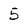
Character: 5